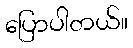
ပြောပါတယ်။